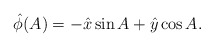
\begin{align*}\hat \phi (A)=-\hat x\sin{A}+\hat y\cos{A}.\end{align*}